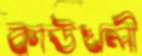
কাউখলী